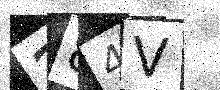
Text: 284V